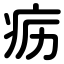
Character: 疬